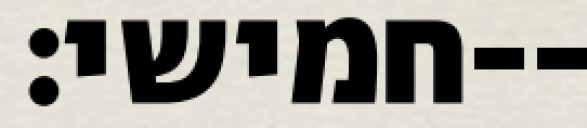
חמישי׃--